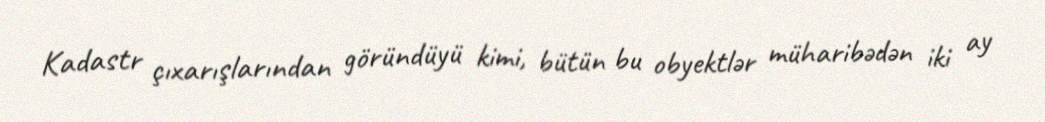
Kadastr çıxarışlarından göründüyü kimi, bütün bu obyektlər müharibədən iki ay